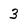
Character: 3